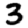
Digit: 3